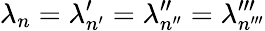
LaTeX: \lambda_{n}=\lambda_{n^{\prime}}^{\prime}=\lambda_{n^{\prime\prime}}^{\prime\prime}=\lambda_{n^{\prime\prime\prime}}^{\prime\prime\prime}